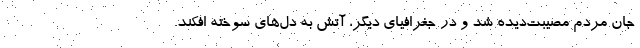
جانِ مردم مصیبت‌دیده شد و در جغرافیای دیگر، آتش به دل‌های سوخته افکند.